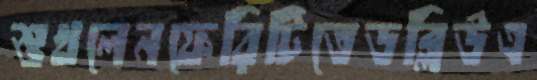
শুখলেনফেরিটিতেডব্লিউএ